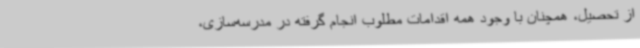
از تحصیل، همچنان با وجود همه اقدامات مطلوب انجام گرفته در مدرسه‌سازی،